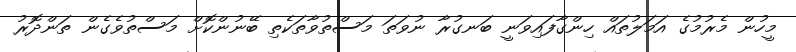
މީހުން މެރުމުގެ އަމަލުތައް ހިންގާފައިވަނީ ބަނގުރާ ނުވަތަ މަސްތުވާތަކެތި ބޭނުންކޮށް މަސްތުވެގެން ތަންދޮރު